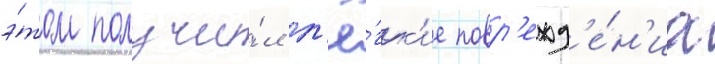
э́том получи́л л'ё́гк'ие повр'ежд'е́н'иа